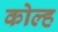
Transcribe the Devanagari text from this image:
कोल्ह